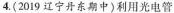
4.(2019辽宁丹东期中)利用光电管